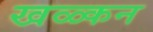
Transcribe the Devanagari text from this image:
खळ्कन